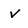
Character: v